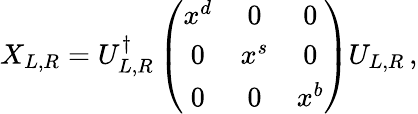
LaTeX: X_{L,R}=U_{L,R}^{\dagger}\left(\begin{array}{ccc}{{x^{d}}}&{{0}}&{{0}}\\ {{0}}&{{x^{s}}}&{{0}}\\ {{0}}&{{0}}&{{x^{b}}}\end{array}\right)U_{L,R}\, ,